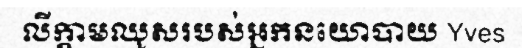
លីក្តាមឈូសរបស់អ្នកនយោបាយ Yves